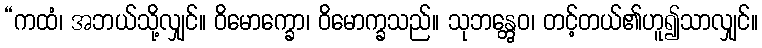
“ကထံ၊ အဘယ်သို့လျှင်။ ဝိမောက္ခော၊ ဝိမောက္ခသည်။ သုဘန္တွေဝ၊ တင့်တယ်၏ဟူ၍သာလျှင်။